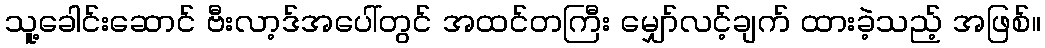
သူ့ခေါင်းဆောင် ဗီးလာ့ဒ်အပေါ်တွင် အထင်တကြီး မျှော်လင့်ချက် ထားခဲ့သည့် အဖြစ်။